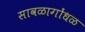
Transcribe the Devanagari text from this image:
सावळागोंधळ